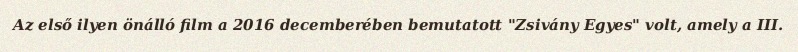
Az első ilyen önálló film a 2016 decemberében bemutatott "Zsivány Egyes" volt, amely a III.